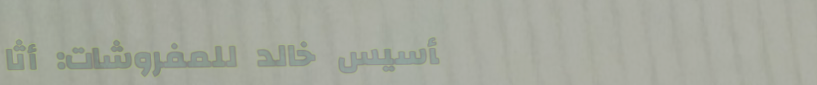
تأسيس خالد للمفروشات: أثا